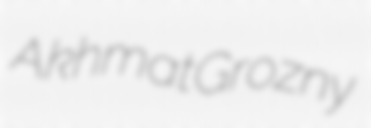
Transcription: Akhmat Grozny